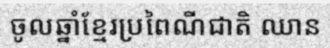
ចូលឆ្នាំខ្មែរប្រពៃណីជាតិ ឈាន